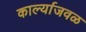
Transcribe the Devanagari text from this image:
कार्ल्याजवळ